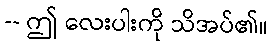
-- ဤ လေးပါးကို သိအပ်၏။